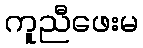
ကူညီဖေးမ